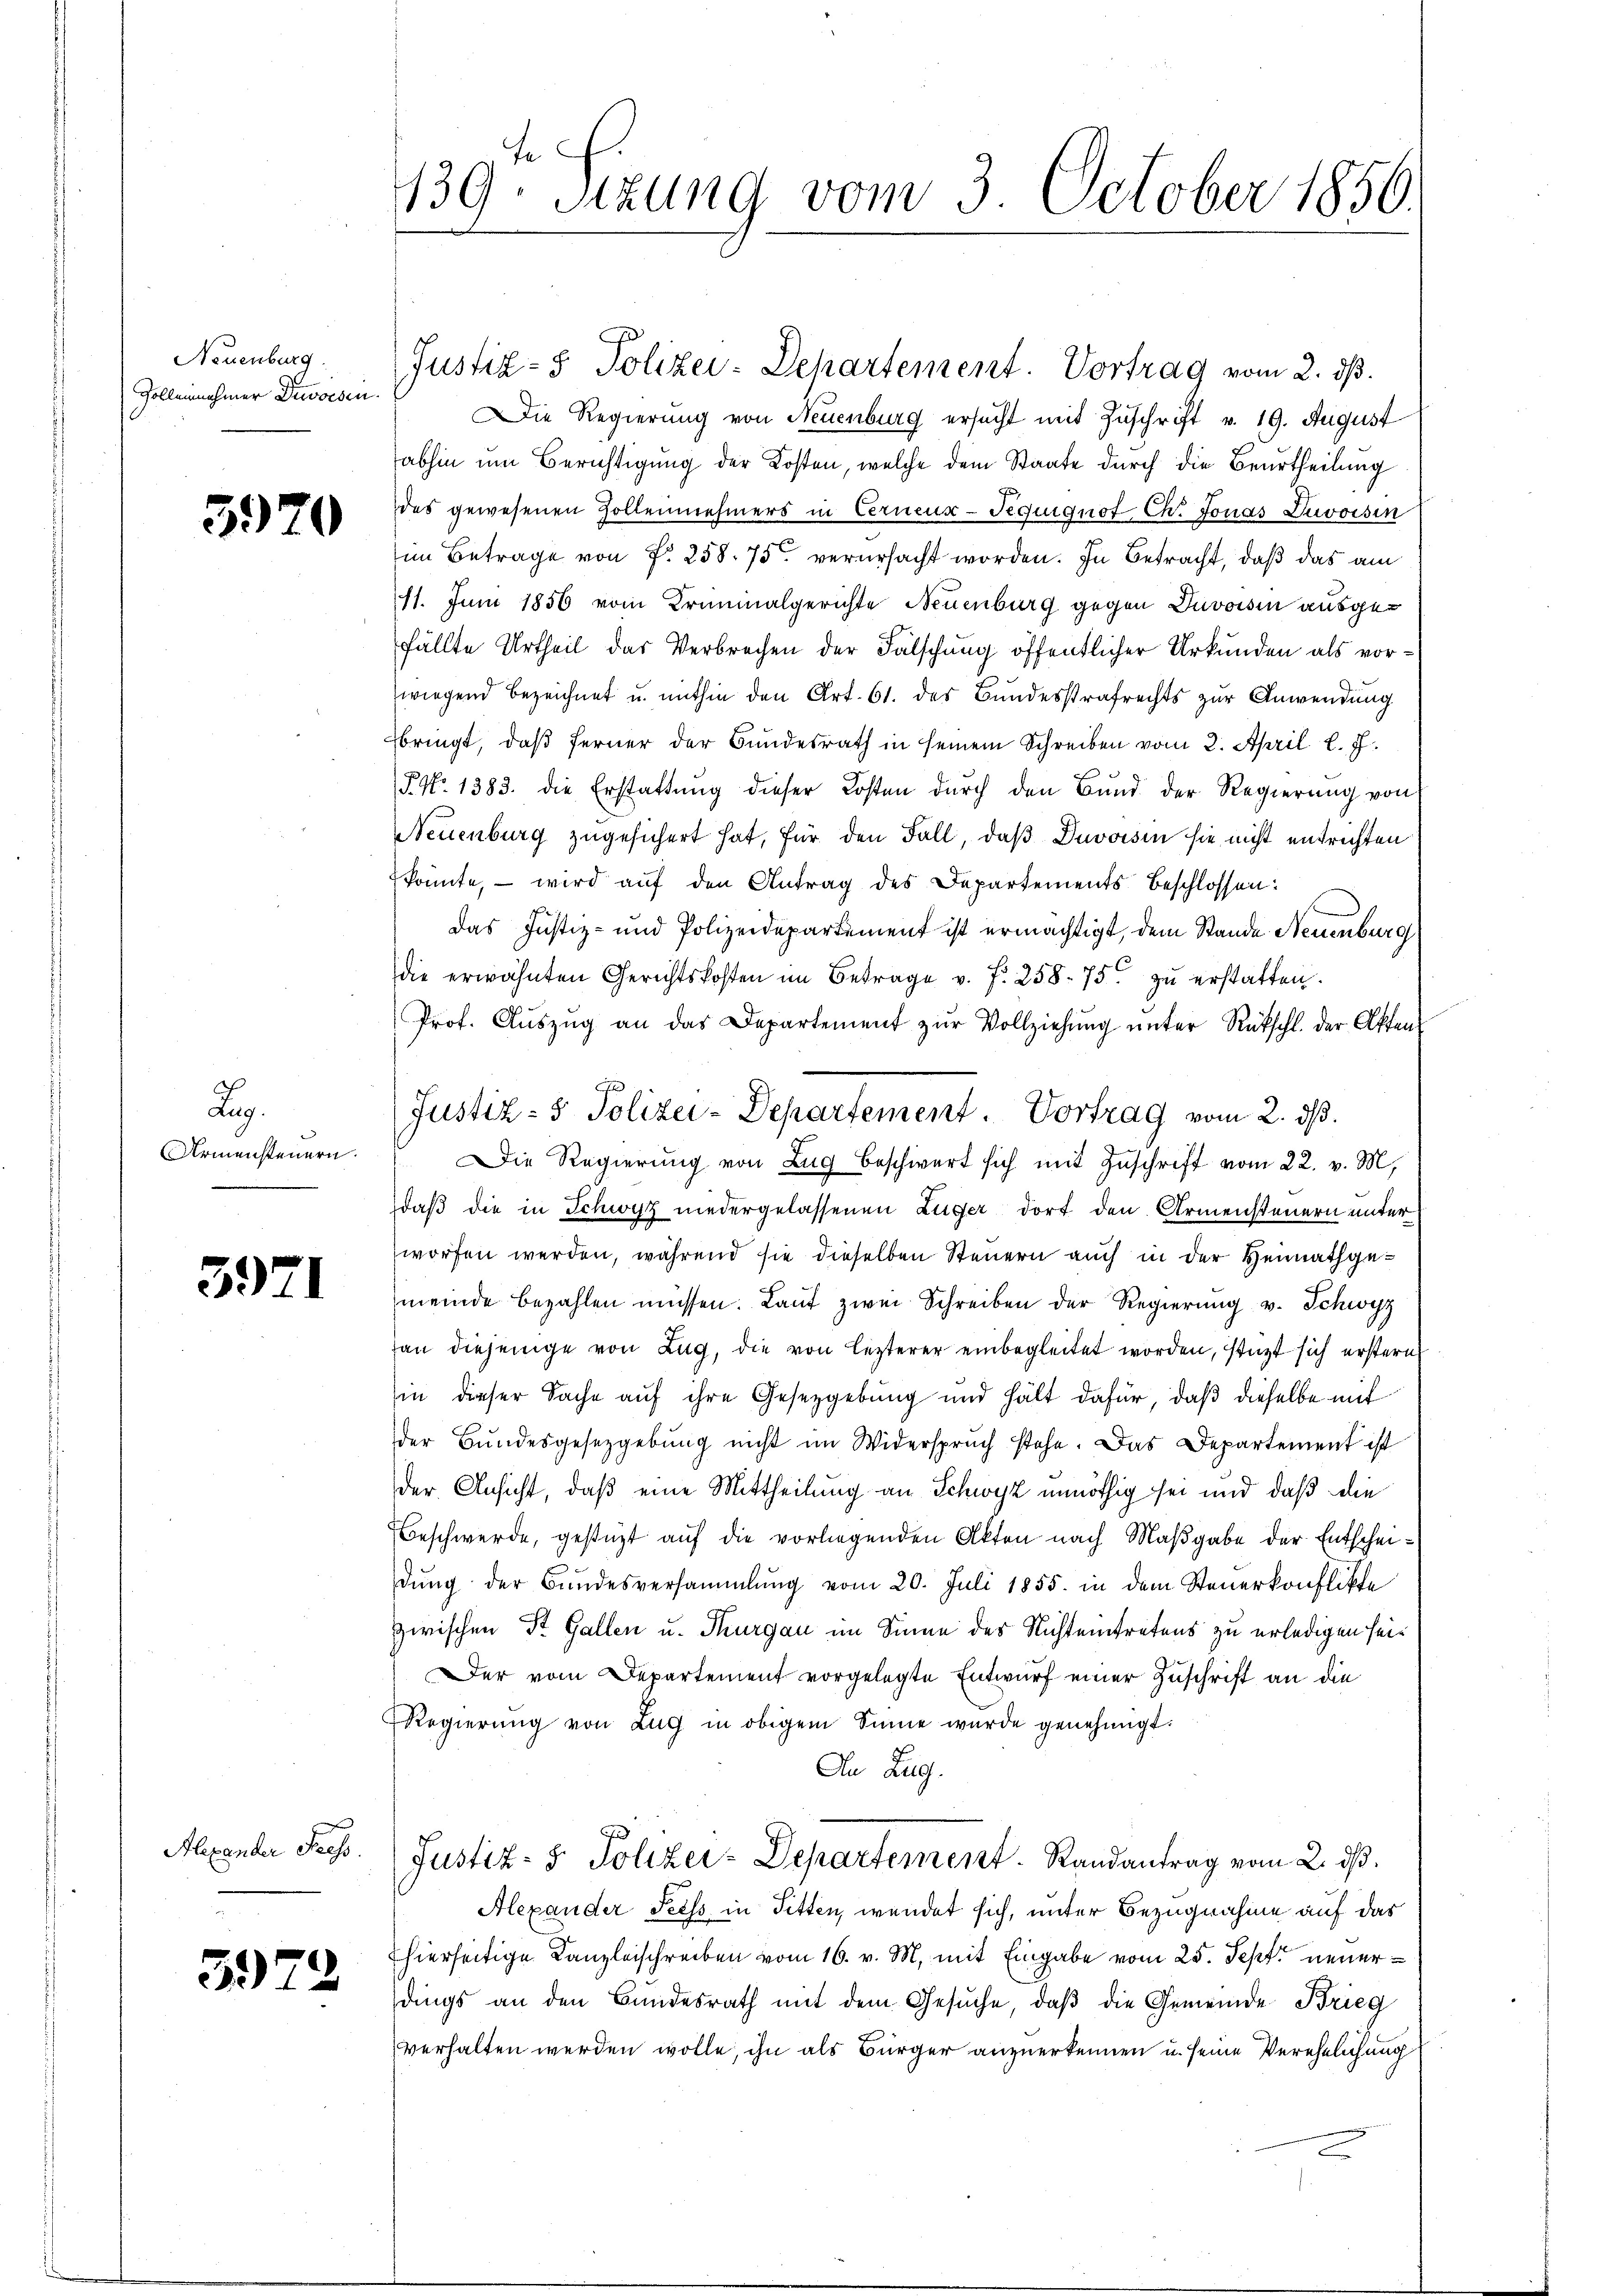
Neuenburg.
Zollennehmer Diwoesen.

5920

Reg.
Armensteuern.

3921

Alexander Feess.

3972

Justiz- & Polizei-Departement. Vortrag vom 2. dß.
Die Regierung von Neuenburg ersucht mit Zuschrift v. 19. August
abhin um Berichtigung der Kosten, welche dem Staate durch die Beurtheilung
des gewesenen Zollennehmers in Cerneur-Teguignof Ch. Jonas Divoisin
im Betrage von f. 258. 75 verursacht worden. In Betracht, daß das am
(11. Juni 1856 vom Kriminalgerichte Neuenburg gegen Davoisin ausgefällte Urtheil das Verbrechen der Fälschung öffentlicher Urkunden als vorwiegend bezeichnet u. mithin den Art. 61. des Bundesstrafrechts zur Anwendung
bringt, daß ferner der Bundesrath in seinem Schreiben vom 2. April l. J.
(§. No. 1383. die Erstattŭng dieser Kosten durch den Bund der Regierung von
Neuenburg zugesichert hat, für den Fall, daß Duvoisin sie nicht entrichten
konnte, – wird auf den Antrag des Departements Beschlossen:
Das Justiz- und Polizeidepartement ist ermächtigt, dem Stande Neuenburg
die erwähnten Gerichtskosten im Betrage v. f. 258. 75. zu erstatten.
Prof. Aŭszŭg an das Departement zŭr Vollziehung unter Rückschl. der Affen-
Die Regierung von Zug beschwert sich mit Zuschrift vom 22. v. M.,
daß die in Schwyz niedergelassenen Lüger dort den Armensteuern unter
worfen werden, während sie dieselben Steuern auch in der Heimathgemeinde bezahlen müssen. Laŭf zwei Schreiben der Regierŭng v. Schwyz
an diejenige von Lug, die von lezterer einbegleitet worden, stützt sich erstern
in dieser Sache auf ihre Gesetzgebung und hält dafür, daß dieselbe mit
der Bŭndesgesetzgebung nicht im Widerspruch stehe. Das Departement ist
der Ansicht, daß eine Mittheilung an Schwyz unnöthig sei und daß die
Beschwerde, gestüzt auf die vorliegenden Akten nach Maßgabe der Entscheidung der Bundesversammlung vom 20. Juli 1855. in dem Steuerkonflikte
zwischen St. Gallen u. Thurgau im Sinne des Nichteintretens zu erledigen sei¬
Der vom Departement vorgelegte Entwurf einer Zuschrift an die
Regierung von Zug in obigem Sinne wurde genehmigt.
An Zug.
Justiz- & Polizei-Departement. Randantrag vom 2. ds.
Alexander Seess in Sitten, wendet sich, unter Bezugnahme auf das
hierseitige Kanzleischreiben vom 16. v. M. mit Eingabe vom 25. Sept. neuerdings an den Bundesrath mit dem Gesŭche, daβ die Gemeinde Brieg
verhalten werden wolle, ihn als Bürger anzuerkennen u. seine Verehelichung

139ten Sizung vom 3. October 1850.

Justiz- & Polizei-Departement. Vortrag vom 2. ds.